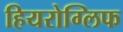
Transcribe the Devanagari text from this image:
हियरोग्लिफ